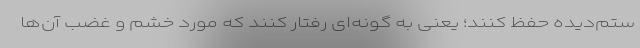
ستم‌دیده حفظ کنند؛ یعنی به گونه‌ای رفتار کنند که مورد خشم و غضب آن‌ها